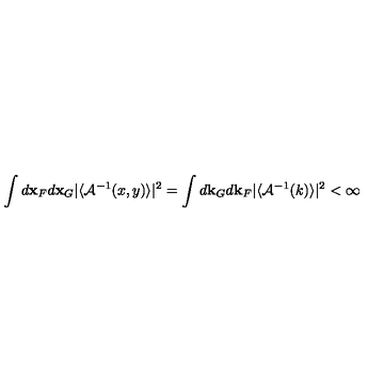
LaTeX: \int d { \bf x } _ { F } d { \bf x } _ { G } \vert \langle { \cal A } ^ { - 1 } ( x , y ) \rangle \vert ^ { 2 } = \int d { \bf k } _ { G } d { \bf k } _ { F } \vert \langle { \cal A } ^ { - 1 } ( k ) \rangle \vert ^ { 2 } < \infty